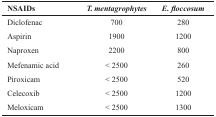
<table><thead><tr><td><b>NSAIDs</b></td><td><b><i>T. mentagrophytes</i></b></td><td><b><i>E. floccosum</i></b></td></tr></thead><tbody><tr><td>Diclofenac</td><td>700</td><td>280</td></tr><tr><td>Aspirin</td><td>1900</td><td>1200</td></tr><tr><td>Naproxen</td><td>2200</td><td>800</td></tr><tr><td>Mefenamic acid</td><td>&lt; 2500</td><td>260</td></tr><tr><td>Piroxicam</td><td>&lt; 2500</td><td>520</td></tr><tr><td>Celecoxib </td><td>&lt; 2500</td><td>1200</td></tr><tr><td>Meloxicam</td><td>&lt; 2500</td><td>1300</td></tr></tbody></table>